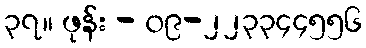
၃၇။ ဖုန်း - ၀၉-၂၂၃၃၄၄၅၅၆